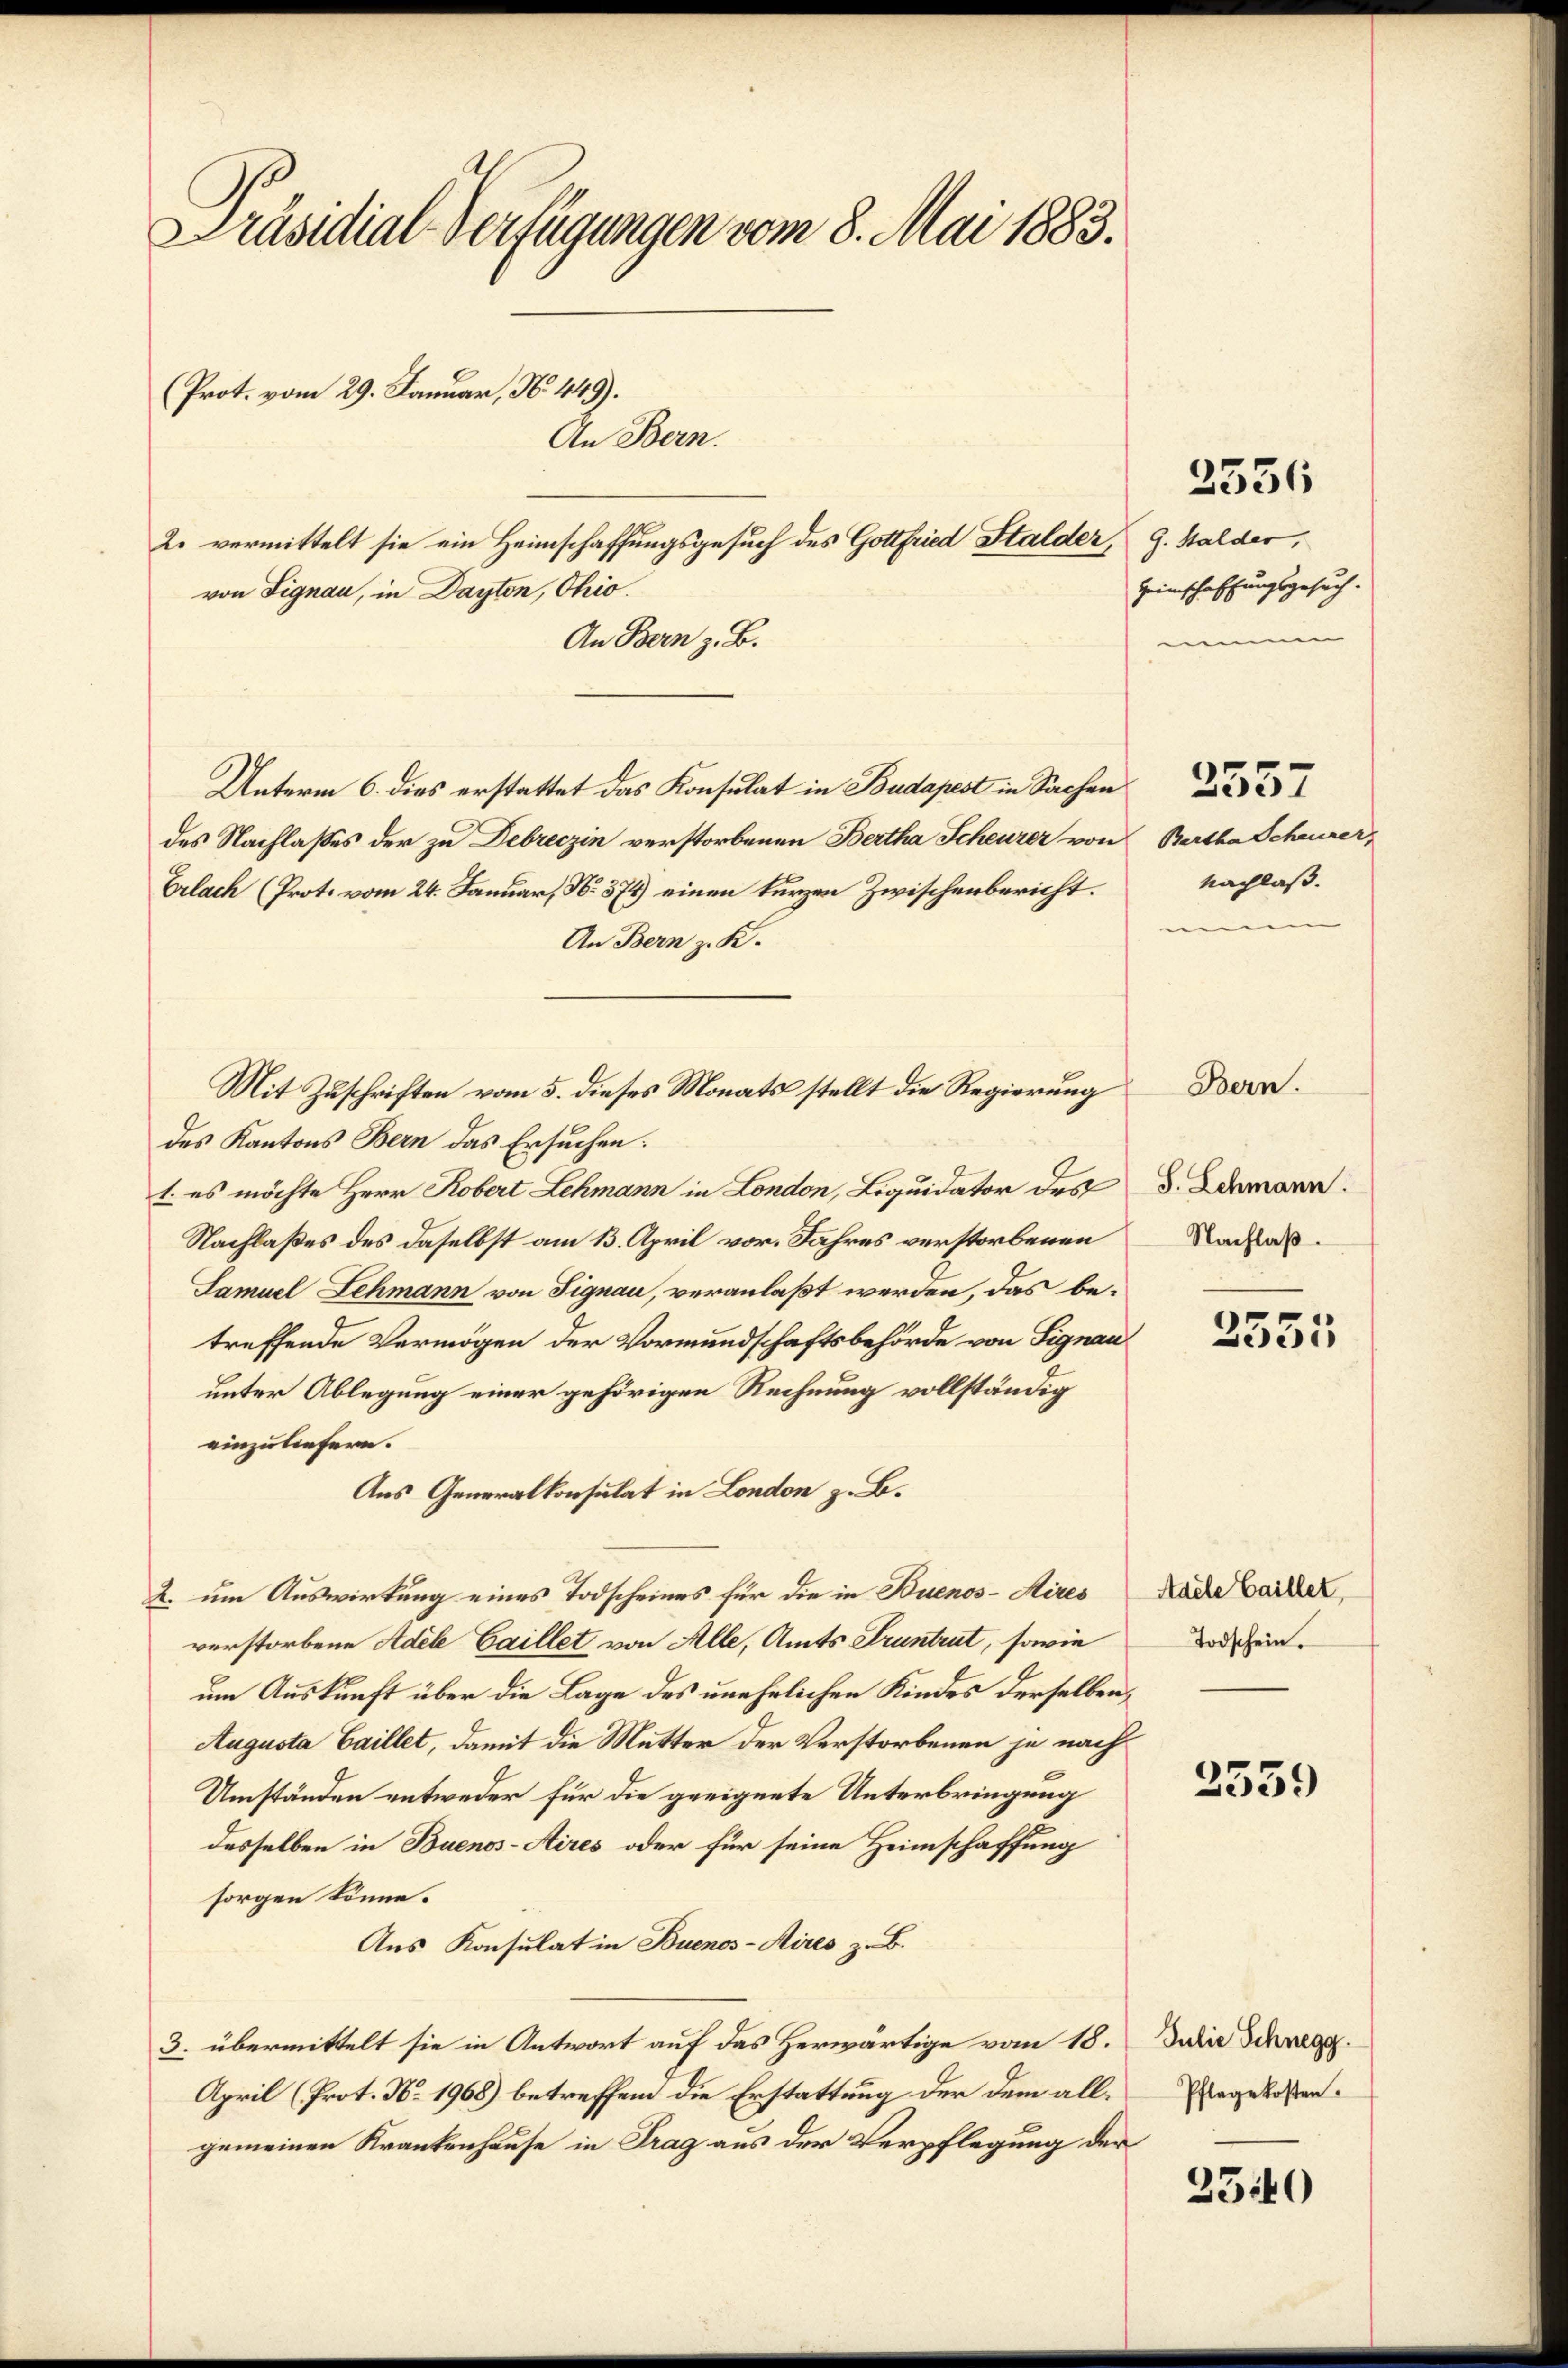
Präsidial-Verfügungen vom 8. Mai 1883.

(Prot. vom 29. Januar, N. 449).
2. vermittelt sie ein Heimschaffungsgesuch des Gottfried Stalder, 9. Stalder,
von Signau, in Dayten, Ohio.

An Bern.

An Bern z. B.
Unterm 6. dies erstattet das Konsulat in Budapest in Sachen
des Nachlasses der zu Debreczin verstorbenen Bertha Scheurer von
Erlach (Prote vom 24. Januar, No. 375) einen kurzen Zwischenbericht.
An Bern z. K.
des Kantons Bern das Ersuchen.
1. es möchte Herr Robert Lehmann in London, Liquidator des
Nachlaßes des daselbst am 13. April vor. Jahres verstorbenen
Samuel Lehmann von Signau, veranlaßt werden, das betreffende Vermögen der Vormundschaftsbehörde von Signau
unter Ablegung einer gehörigen Rechnung vollständig
einzuliefern.
Aus Generalkonsulat in London z. B.
2. um Auswirkung eines Todscheines für die in Buenos-Aires
verstorbene Adele Gaillet von Alle, Amts Pruntrut, sowie
um Auskunft über die Lage des unehelichen Kindes derselben,
Augusta Gaillet, damit die Mutter der Verstorbenen je nach
Umständen entweder für die geeignete Unterbringung
desselben in Buenos-Aires oder für seine Heimschaffung
sorgen könne.
Aus Konsulat in Buenos-Aires z. B.
3. übermittelt sie in Antwort auf das Herwärtige vom 18.
April (Prot. No. 1968) betreffend die Erstattung der dem allgemeinen Krankenhause in Trag aus der Verpflegung der

Mit Zuschriften vom 5. dieses Monats stellt die Regierung

2336

Heimschaffungsgesuch.
m

Bertha Scheurer,
Nachlaß.

2557

Bern.

J. Lehmann.
Nachlaß.

2551

Adele Gaillet,
Todschein.

2539

Julie Schnegg.
Pflegekosten.
t

2540